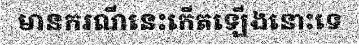
មានករណីនេះកើតឡើងនោះទេ